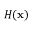
H ( \mathbf { x } )